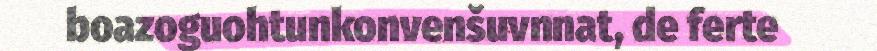
boazoguohtunkonvenšuvnnat, de ferte